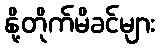
နို့တိုက်မိခင်များ